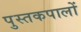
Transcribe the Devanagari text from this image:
पुस्तकपालों